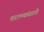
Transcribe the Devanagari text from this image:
तराण्यांसाठी